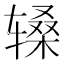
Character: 𬨑